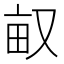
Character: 𠭇